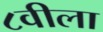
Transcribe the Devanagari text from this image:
८वीला